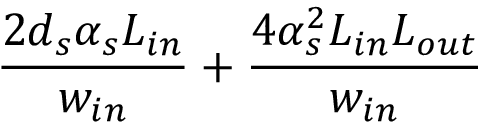
\frac { 2 d _ { s } \alpha _ { s } L _ { i n } } { w _ { i n } } + \frac { 4 \alpha _ { s } ^ { 2 } L _ { i n } L _ { o u t } } { w _ { i n } }